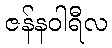
ဇန်နဝါရီလ